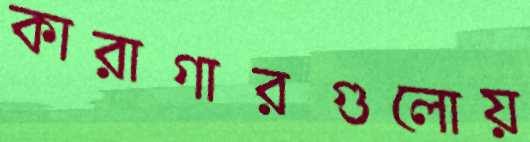
কারাগারগুলোয়